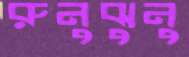
রুনুঝুনু